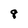
Character: 8